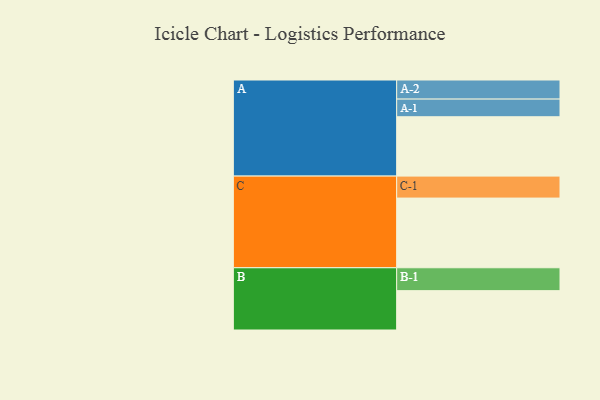
{"axis": {"x": "Segment", "y": "Value"}, "legend": ["", "A", "B", "C"], "data": [{"x": "A", "y": 454, "type": ""}, {"x": "B", "y": 301, "type": ""}, {"x": "C", "y": 533, "type": ""}, {"x": "A-1", "y": 135, "type": "A"}, {"x": "A-2", "y": 146, "type": "A"}, {"x": "B-1", "y": 175, "type": "B"}, {"x": "C-1", "y": 168, "type": "C"}]}